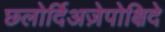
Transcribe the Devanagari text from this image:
छ्लोर्दिअज़ेपोक्षिदे